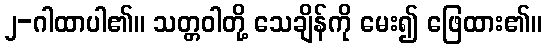
၂-ဂါထာပါ၏။ သတ္တဝါတို့ သေချိန်ကို မေး၍ ဖြေထား၏။